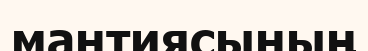
мантиясының